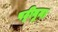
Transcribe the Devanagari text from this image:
पट्टीनुमा